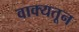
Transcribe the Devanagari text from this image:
वाक्यतून